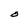
Character: O